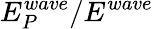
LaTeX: E_{P}^{wave}/E^{wave}